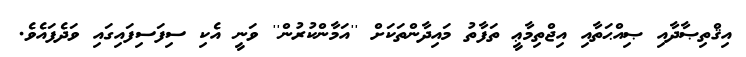
އިޤްތިޞާދާއި ޞިއްޙަތާއި އިޖްތިމާޢީ ތަފާތު މައިދާންތަކަށް ''އަމާންކުރުން'' ވަނީ އެކި ސިފަސިފައިގައި ވަދެފައެވެ.